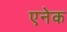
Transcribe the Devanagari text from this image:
एनेक